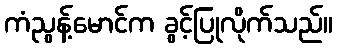
ကံညွန့်မောင်က ခွင့်ပြုလိုက်သည်။